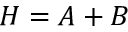
H = A + B